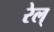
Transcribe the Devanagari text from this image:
रेल्